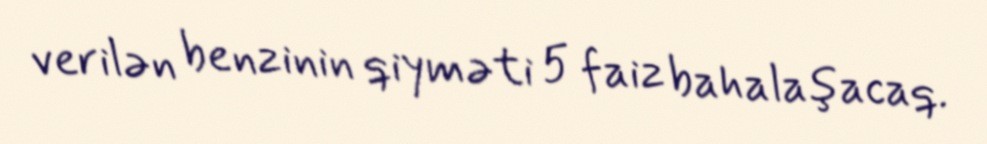
verilən benzinin qiyməti 5 faiz bahalaşacaq.